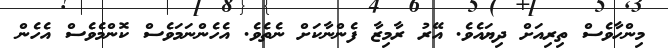
މިންހާވެސް ތިރިއަށް ދިޔައެވެ. އޭރު ރާމިޒާ ފެންނާކަށް ނެތެވެ. އެހެންނަމަވެސް ކޮންމެވެސް އެހެން